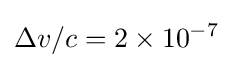
\Delta v/c=2\times 10^{-7}